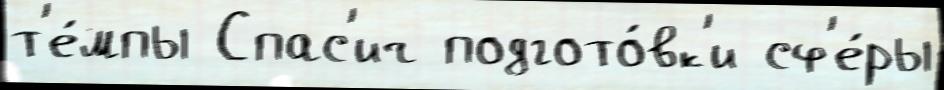
т'е́мпы Спас'ич подгото́вк'и сф'е́ры